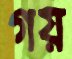
গয়